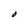
Character: O